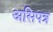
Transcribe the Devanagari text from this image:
असिपत्र